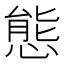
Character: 態